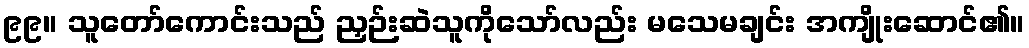
၉၉။ သူတော်ကောင်းသည် ညှဉ်းဆဲသူကိုသော်လည်း မသေမချင်း အကျိုးဆောင်၏။